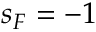
s _ { F } = - 1